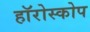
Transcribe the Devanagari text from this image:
हॉरोस्कोप